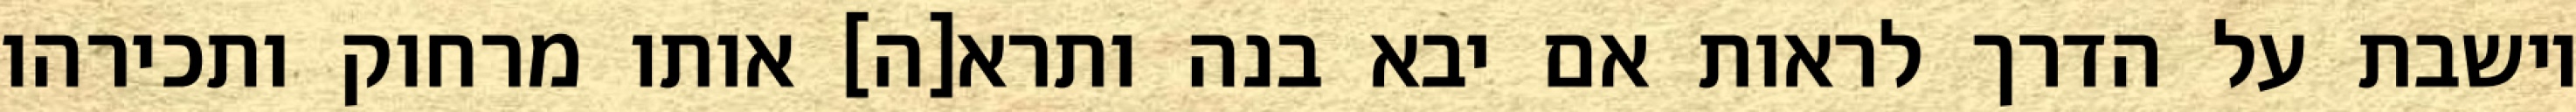
יושבת על הדרך לראות אם יבא בנה ותרא[ה] אותו מרחוק ותכירהו